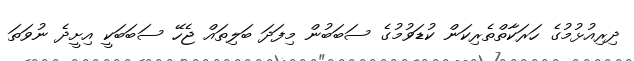
ދިރިއުޅުމުގެ ހަރަކާތްތެރިކަން ކުޑަވުމުގެ ސަބަބުން މިފަދަ ބަލިތައް ޖެހޭ ސަބަބަކީ އިށީދެ ނުވަތަ